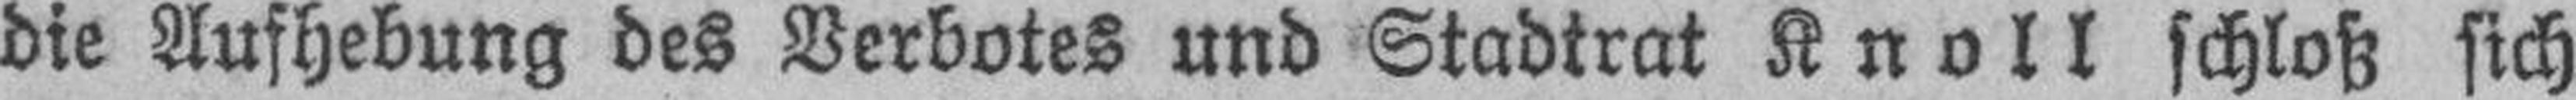
die Aufhebung des Verbotes und Stadtrat Knoll schloß sich